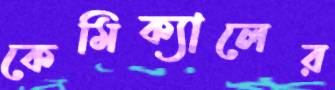
কেমিক্যালের